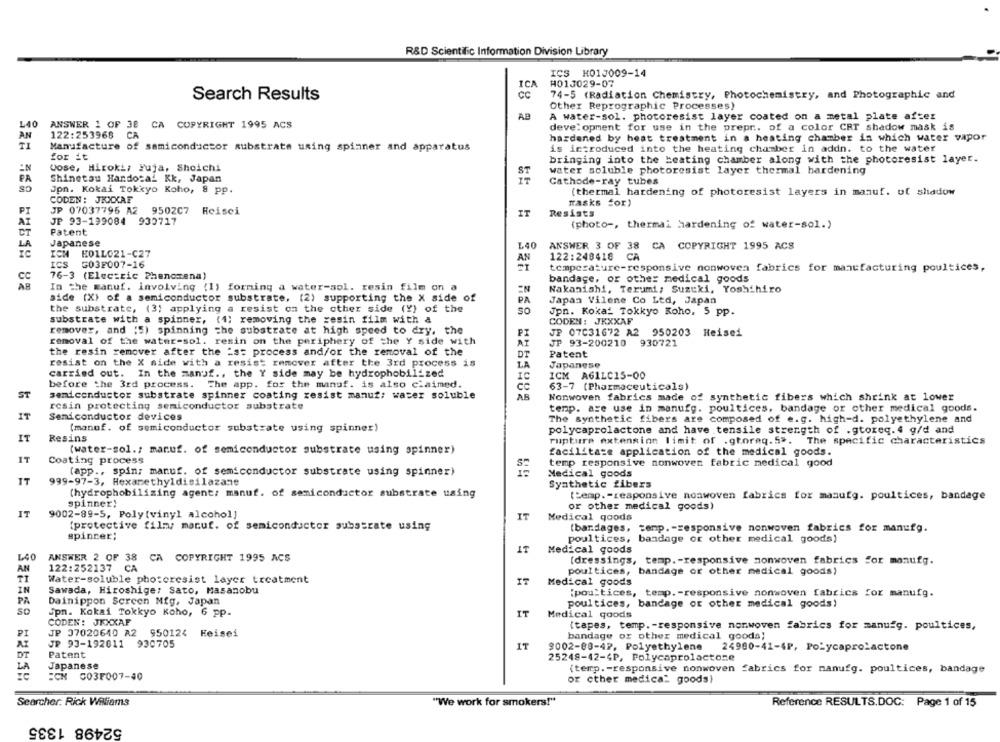
R&D Scientific Information Division Library
ICS H01J009-14
ICA
H013029-07
Search Results
Cc
74-5 (Radiation Chemistry, Photochemistry, and Photographic and
Other Reprographic Processes)
AB
A water-sol. photoresist layer coated on a metal plate after
ANSWER 1 OF 38 CA COPYRIGHT 1995 ACS
development for use in the prepr. of a color CRT shadow mask is
122:253968
AN
CA
hardened by heat treatment in a heating chamber in which water vapor
Manufacture of semiconductor substrate using spinner and apparatus
is introduced into the heating chamber in addn. to the water
for it
bringing into the heating chamber along with the photoresist layer.
Jose, Hiroki, Fuja, Shoichi
water soluble photoresist layer thermal hardening
CS
Shinetau Handozal Kk, Japan
ST
Cathode-ray tubes
Jpn. Kokai Tokyo Koho, 8 pp.
(thermal hardening of photoresist layers in manuf. of shadow
CODEN: JRIKAE
Tasks for)
PI
JP 07037795 A2
9502C7 Heisei
IT
Resists
JP 93-199084 930717
{photo -, thermal hardening of water-sol.)
Patent
Japanese
L40
ICH
E01L021-C27
ANSWER 3 OF 38 CA COPYRIGHT 1995 ACS
AN
122:248418
CA
ICS
G03F007-16
temperature-responsive nonwoven fabrics for manufacturing poultices,
76-3 (Electric Phenomena)
Cc
bandage, or other medical goods
In the manuf. involving (1) forming a water-sol. resin film on a
EN
Nakanishi, Terumi, Suzuki, Yoshihiro
side (X) of a semiconductor substrate. (2) supporting the X side of
PA
Japan Vilene Co Ltd, Japan
the substrate, (3) applying a resist on the other side (Y) of the
SO
Jpn. Koka_ Tokkyo Koho. 5 pp.
substrate with a spinner, (1) removing the resin film with a
CODEN: JXXXAF
remover, and '5) spinning the substrate at high speed to dry, the
JP 07C31672 A2 950203 Heisei
removal of the water-sol. resin on the periphery of the Y side with
AF
PI
JP 93-200210 930721
the resin remover after the "at process and/or the removal of the
DT
Patent
resist on the X side with a resist remover after the 3rd process is
LA
Japanese
carried out. In the manuf ., the Y side may be hydrophobilized
IC
ICM A61LC15-00
before the 3rd process.
The app. for the manuf. is also claimed.
63-7 (Pharmaceuticals)
ST
semiconductor substrate spinner coating resist manuf: water soluble
AR
Nonwoven fabrics made of synthetic fibers which shrink at lower
resin protecting semiconductor substrate
temp. are use in manufg. poultices, bandage or other medical goods.
IT
Semiconductor devices
The synthetic fibers are composed of e.g. high-d. polyethylene and
(manuf. of semiconductor substrate using spinner)
polycaprolactone and have tensile strength of .gtoreq. 4 g/d and
IT
Resins
rupture extension limit of .gtoreq. 5 .. The specific characteristics
(water-sol .; manuf. of semiconductor substrate using spinner)
facilitaze application of the medical goods.
IT
Coating process
temp responsive nonwoven fabric medical good
(app ., spin; manuf. of semiconductor substrate using spinner)
Medical goods
IT
999-97-3, Hexamethyldisilazane
Synthetic fibers
(hydrophobilizing agent: manuf. of semiconductor substrate using
Lemp. - responsive nonwoven fabrics for manufg. poultices, bandage
spinner;
IT
or other medical goods)
9002-89-5, Poly(vinyl alcohol]
IT
Medical goods
(protective filmy macuf. of semiconductor substrate using
(barrages, temp. - responsive nonwoven fabrics for manufg.
spincer;
poultices, bandage or other medical goods)
IT
Medical goods
ANSWER 2 OF 38 CA COPYRIGHT 1995 ACS
[dressings, temp. - responsive nonwoven fabrics for manufg.
AN
122:252137
CA
poultices, bandage or other medical goods)
TI
Water-soluble photoresist layer treatment
IT
Medical goods
Sawada, Hiroshige: Sato, Masanobu
[poultices, temp. - responsive nonwoven fabrics for manufg.
PA
Dainippon Screen Mig, Japan
poultices, bandage or other medical goods)
SO
Jpn. Kokai Tokkyo Koho, 6 pp.
IT
Medical goods
CODEN: JEXXAF
{tapes, temp. - responsive nonwoven fabrics for manuig. poultices,
PI
JP 37020640 A2 950124 Heisei
bandage or other medical goods;
AT
JP 93-192011 930705
IT
DT
Patent
9002-88-42, Polyethylene
24980-41-4P, Polycaprolactone
25248-42-4P, Polycaprolactone
Japanese
FCN 003F007-40
(temp. - responsive nonwoven fabrics for manufg. poultices, bandage
or other medica: goods)
Searcher. Rick Williams
"We work for smokers!"
Reference RESULTS.DOC: Page 1 of 15
52498 1335